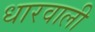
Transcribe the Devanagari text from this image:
धारवाली